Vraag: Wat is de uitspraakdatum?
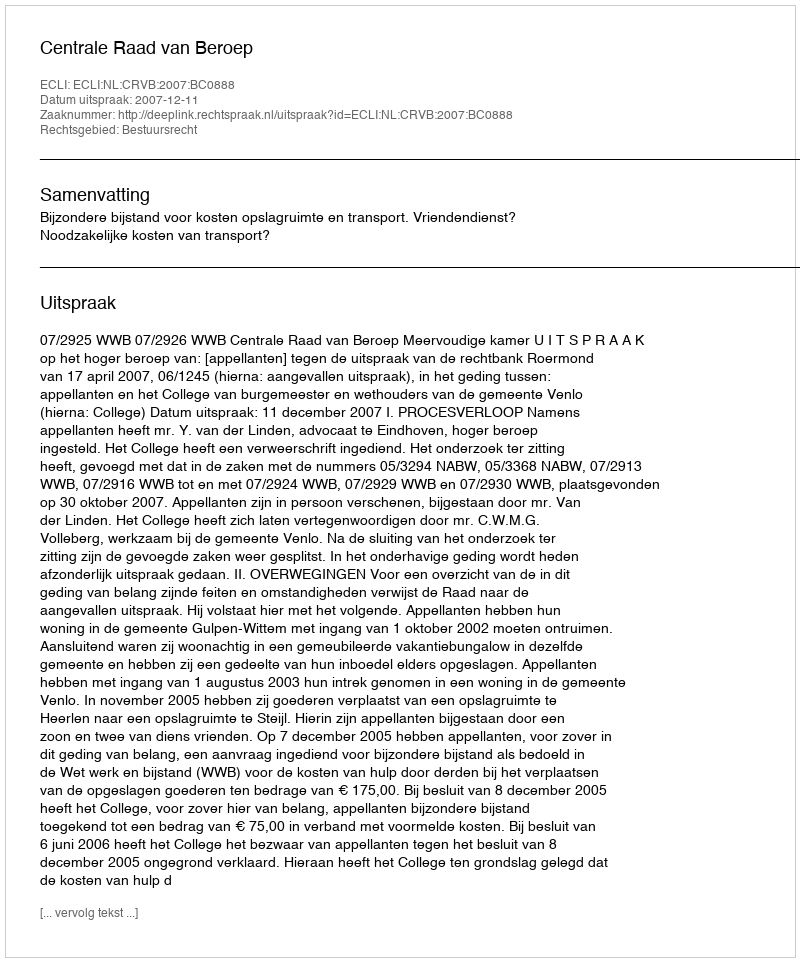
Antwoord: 2007-12-11